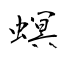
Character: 螟